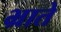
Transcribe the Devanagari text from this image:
भ्राते